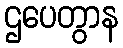
ဌပေတွာန